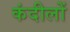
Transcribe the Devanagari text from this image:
कंदीलों